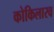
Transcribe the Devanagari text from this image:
कोकिलारव